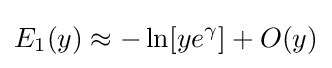
E_{1}(y)\approx -\ln[ye^{\gamma }]+O(y)